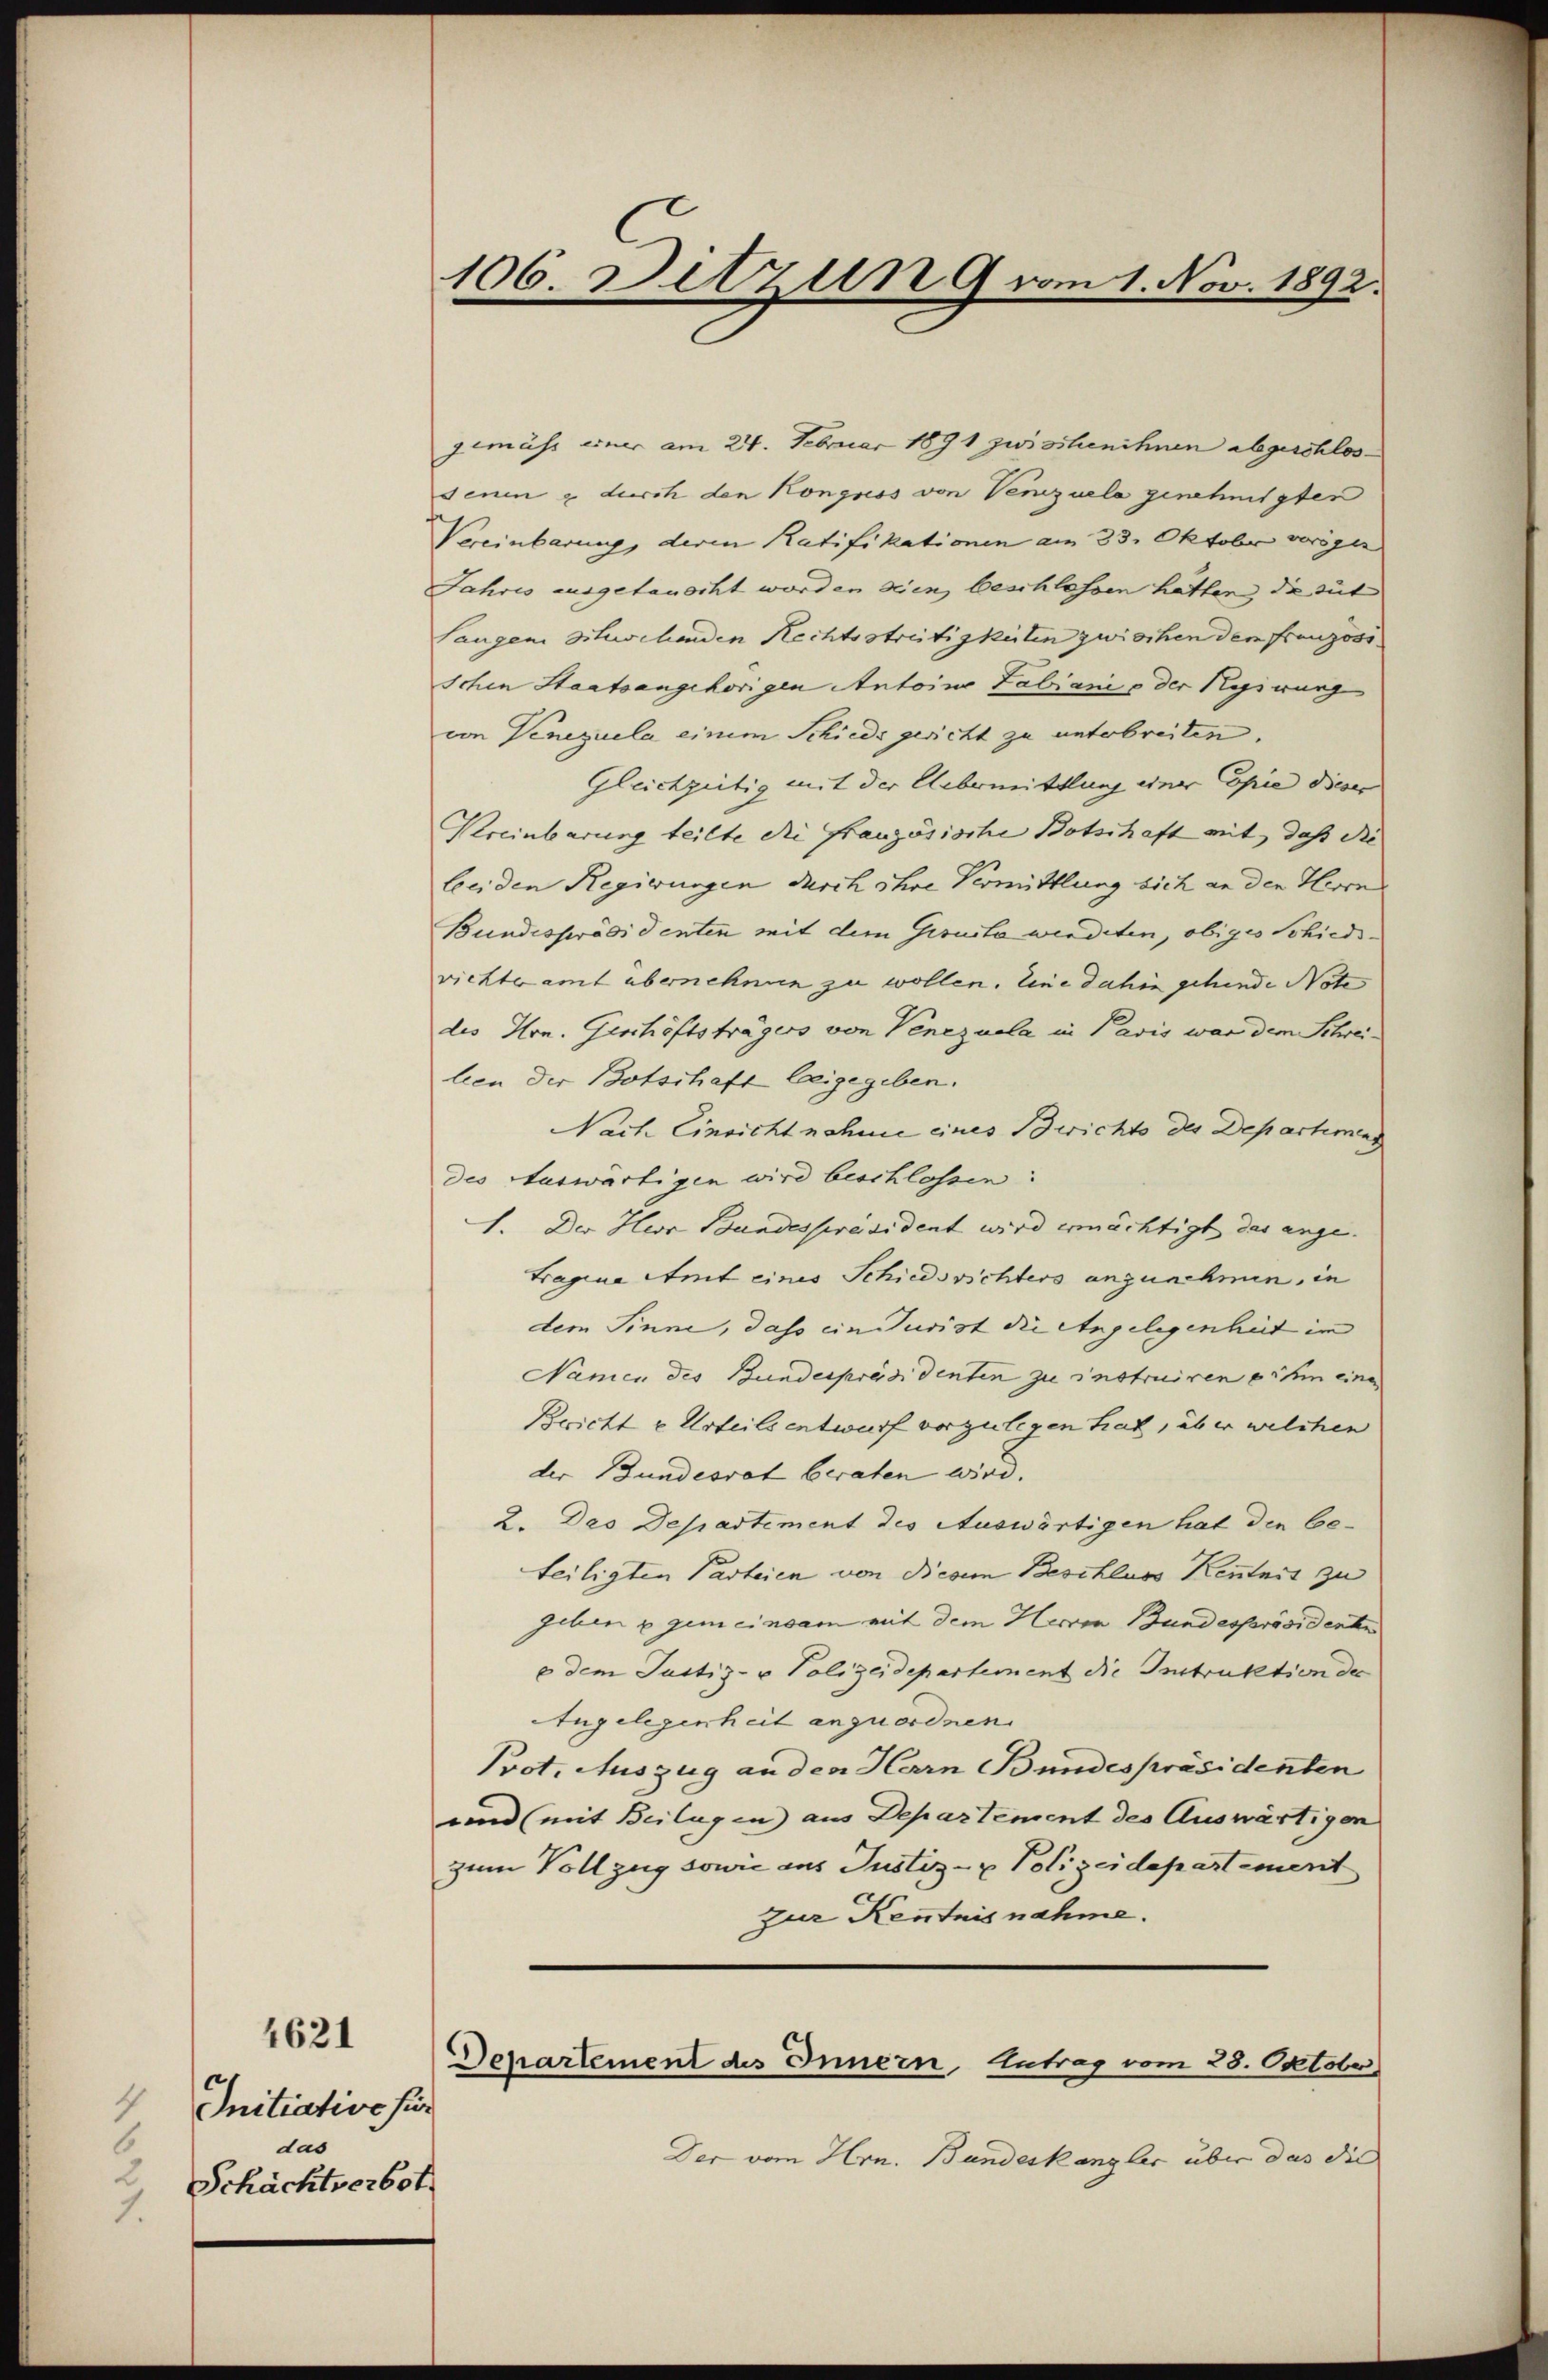
Initiation für
4
das
6
2
Schächtverbot
1.

1621

106 Ditzun 9 vom 1. Nov. 1892.

gemäss einer am 24. Februar 1891 zwischenihnen abgeschlossenen & durch den Kongress von Verzuela genehmigten
Vereinbarung, deren Ratifikationen am 23. Oktober vorigen
Jahres ausgetauscht worden seien, beschlossen hatten, da sit
Langen sichenden Rechtsstreitigkeiten zwischen dem Französischen Staatsangehörigen Antoine Fabiani p der Repswurg
von Venezuela einem Schieds gericht zu unterbreiten.
Gleichzeitig mit der Uebermittlung einer Copie dieser
Kereinbarung teilte die Französische Botschaft mit, daß Pebeiden Regierungen durch ihre Vermittlung sich an den Herrn
Bundespräsidenten mit dem Gesucta wirdeten, obiges Schiedsrichteramt übernehmen zu wollen. Eine dahin gehende Note
des Hrn. Geschäftsträgers von Venezuela in Pavis war dem Schreilien der Botschaft beigegeben.
Nach Einricht nahme eines Berichte des Departmag
des Auswärtigen wird beschlossen:
1. Der Herr Bundespräsident wird ermächtigt, das ange¬
Tragina Amt eines Schiedsrichters anzunehmen, in
dem Sinne, das ein Jurist die Angelegenheit im
Namen des Bundespräsidenten zu instruiren ihm eine
Bericht u. Urteils entwurf vorzulegen hat, über welchen
der Bundesrat beraten wird.
2. Des Departement des Auswärtigen hat den beteiligten Parteien von diesem Beschluss Kenntnis zu
geben & zum einsam mit dem Herren Bundespräsidente
u dem Justiz- u Polizeidepartement die Instruktion der
Angelegenheit anzuordnen.
Prot. Auszug an den Harn Bundespräsidenten
und (mit Beilagen aus Departement des Auswärtigen
zum Vollzug sowie aus Justiz- & Polizeidepartement
zur Kenntnisnahme.
Departement des Innern Antrag vom 28. Oktobe
Der vom Hrn. Bundeskanzler über das die